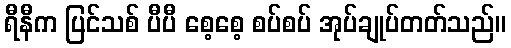
ရီနီက ပြင်သစ် ပီပီ စေ့စေ့ စပ်စပ် အုပ်ချုပ်တတ်သည်။